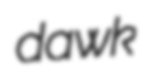
dawk